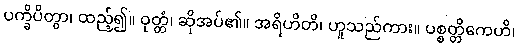
ပက္ခိပိတွာ၊ ထည့်၍။ ဝုတ္တံ၊ ဆိုအပ်၏။ အရိဟိတိ၊ ဟူသည်ကား။ ပစ္စတ္တိကေဟိ၊